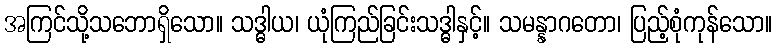
အကြင်သို့သဘောရှိသော။ သဒ္ဓါယ၊ ယုံကြည်ခြင်းသဒ္ဓါနှင့်။ သမန္နာဂတော၊ ပြည့်စုံကုန်သော။